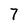
Character: 7